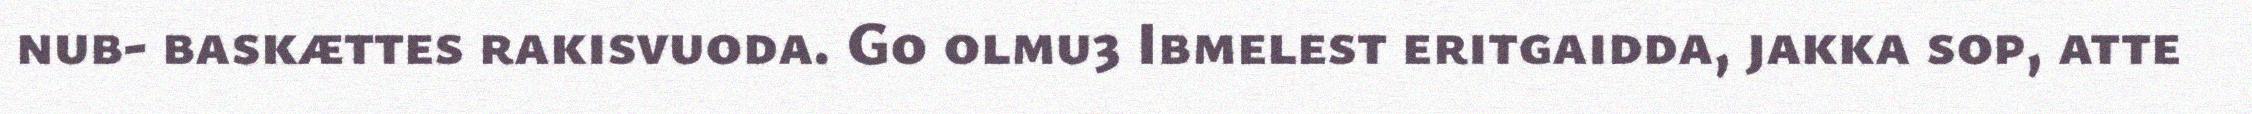
nub- baskættes rakisvuoda. Go olmu3 Ibmelest eritgaidda, jakka sop, atte